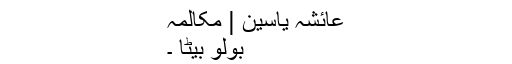
عائشہ یاسین | مکالمہ
بولو بیٹا ۔